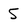
Character: 5